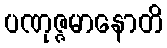
ပဏုဇ္ဇမာနောတိ